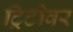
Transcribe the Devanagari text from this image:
ट्रिटीवर